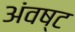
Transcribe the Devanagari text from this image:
अंवष्ट